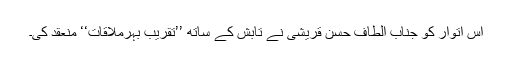
اس اتوار کو جناب الطاف حسن قریشی نے تابش کے ساتھ ’’تقریب بہرِملاقات‘‘ منعقد کی۔